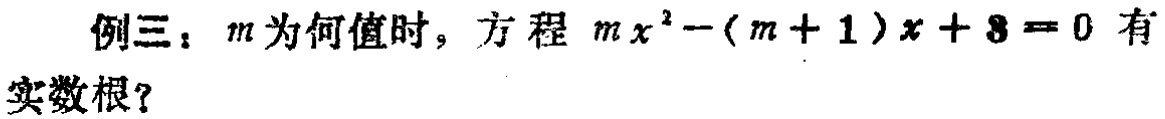
例三：$m$为何值时，方程$mx^{2}-(m + 1)x + 8 = 0$有实数根？